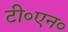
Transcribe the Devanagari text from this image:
टी०एन०